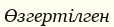
Өзгертілген